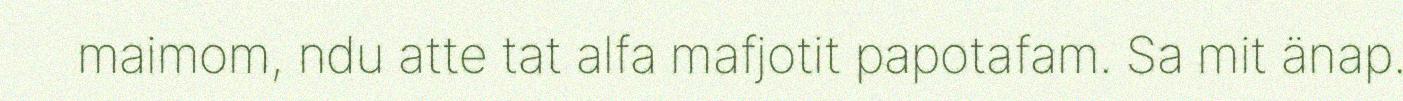
maimom, ndu atte tat alfa mafjotit papotafam. Sa mit änap.